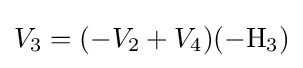
V_{3}=(-V_{2}+V_{4})(-\mathrm {H_{3}} )